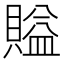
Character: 賹